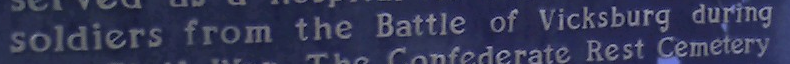
soldiers from the Battle of Vicksburg during